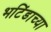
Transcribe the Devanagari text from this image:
भटिंडाच्या